system: You are a helpful assistant.
user:
Analyze the provided spectrum to determine if it is a **White Dwarf (WD)**.

A White Dwarf spectrum is defined by its **extreme purity** (due to gravitational settling) and/or **extreme pressure broadening** (due to high surface gravity). You must check for one of the following mutually exclusive signatures:

- **Key Visual Indicators (Check for ONE of these types):**

    - **1. DA-Type Signature (Most Common):**
        - **(Primary Feature):** Extreme pressure broadening (Stark broadening) of the **Hydrogen (H) Balmer lines**.
        - **(Key Lines):** $H\beta$ (approx. $4861$ Å) and $H\gamma$ (approx. $4340$ Å). $H\alpha$ (approx. $6563$ Å) will also be present if the wavelength range covers it.
        - **(Line Profile):** This is the **defining feature**. The lines are **NOT** sharp. They appear as massive, **extremely broad and deep "troughs" or "dips"** in the spectrum, often hundreds of Ångströms wide. The continuum will appear to "scoop" down at these wavelengths.
        - **(Distinction):** Normal A-type or B-type stars have *narrow* and *sharp* Hydrogen lines. A DA White Dwarf's lines are unmistakably "smeared" or "blurry" from pressure.

    - **2. DB-Type Signature:**
        - **(Primary Feature):** Broad absorption lines from **Neutral Helium (He I)**. The spectrum must lack any visible Hydrogen lines.
        - **(Key Lines):** Look for broad absorption near $4471$ Å, $4921$ Å, and $5876$ Å.
        - **(Line Profile):** These lines are also significantly pressure-broadened, appearing much wider than they would in a normal B-type main-sequence star.

    - **3. DC-Type Signature:**
        - **(Primary Feature):** A **featureless continuous spectrum**.
        - **(Line Profile):** The spectrum is a smooth curve with **no significant absorption or emission lines**.
        - **(Key Confirmation):** The continuum is almost always **blue or white**, indicating a hot object. This signature implies the atmosphere is so pure (or so cool) that no spectral lines are visible in the optical range. Its WD identity is confirmed by its extremely low intrinsic brightness (high absolute magnitude).

    - **4. DZ-Type Signature (Metal-Polluted):**
        - **(Primary Feature):** **Isolated, narrow metal absorption lines** on an otherwise featureless (DC-like) continuum.
        - **(Key Lines):** The **Calcium (Ca II) H & K doublet** (approx. **$3934$ Å** and **$3968$ Å**) is the most common and defining feature.
        - **(Line Profile):** These lines are "out of place." They are *not* part of a "forest" of thousands of lines. This signature is evidence of recent *accretion* (pollution) from rocky debris.
        - **(Distinction):** Normal G/K/M stars have a *dense forest* of thousands of metal lines. A DZ has a *clean* continuum with *only a few* strong metal lines.

    - **5. DQ-Type Signature (Carbon-Polluted):**
        - **(Primary Feature):** Absorption bands from **Carbon (C₂ "Swan Bands" or atomic C I)**.
        - **(Key Lines - C₂):** Look for bandheads with a "saw-tooth" shape near $5635$ Å, **$5165$ Å** (strongest), and $4737$ Å.
        - **(Key Confirmation):** The underlying **continuum must be blue or white** (hot).
        - **(Distinction):** This is the critical difference from a **Carbon Star**, which has the *exact same* C₂ bands but on an extremely **red, cool** continuum.

- **(Overall Spectrum):**
    - The continuum (overall shape) is typically **blue-sloping** (brighter in the blue than the red), as most white dwarfs are very hot.
    - The spectrum will look "pure" or "simple," dominated by only *one* of the five signatures listed above.

Think first, call **spectral_visualization_tool** if needed to examine features in detail, then provide your final answer. Your response must adhere to the following strict rules:
1.  **Overall Structure:** Your response must follow the format `<think>...</think> <tool_call>...</tool_call> (if a tool is used) <answer>...</answer>`.
2.  **Tool Usage Constraint:** You may only make **one** tool call per turn.
3.  **Final Answer Format:** In the `<answer>` tag, your conclusion must be inside a `\boxed{}` command (e.g., `\boxed{YES}` or `\boxed{NO}`), followed by your justification.

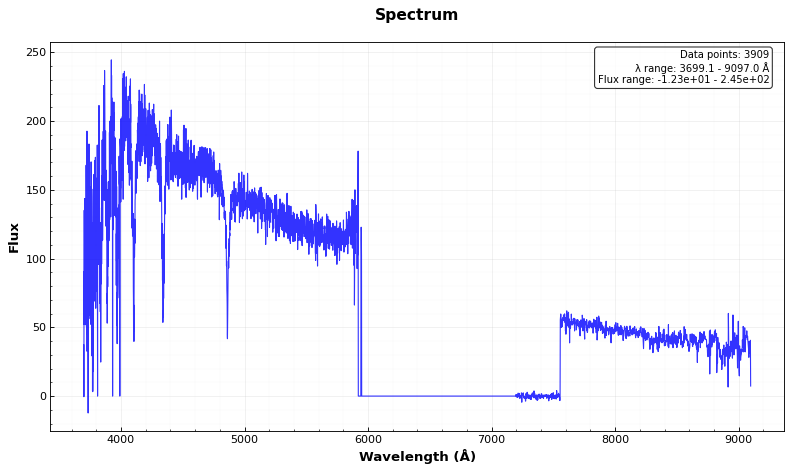
Answer: NO